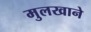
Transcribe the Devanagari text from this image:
मुलखाने